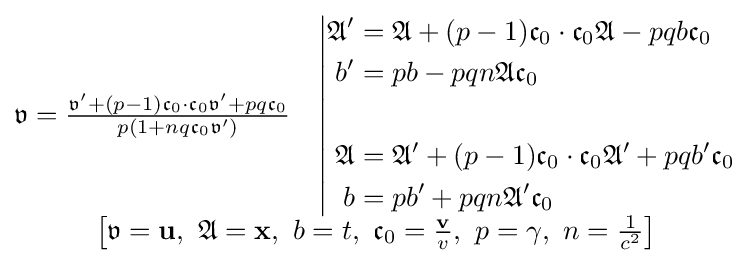
{\begin{matrix}{\begin{matrix}{\mathfrak {v}}={\frac {{\mathfrak {v}}'+(p-1){\mathfrak {c}}_{0}\cdot {\mathfrak {c}}_{0}{\mathfrak {v}}'+pq{\mathfrak {c}}_{0}}{p\left(1+nq{\mathfrak {c}}_{0}{\mathfrak {v}}'\right)}}&\left|{\begin{aligned}{\mathfrak {A}}'&={\mathfrak {A}}+(p-1){\mathfrak {c}}_{0}\cdot {\mathfrak {c}}_{0}{\mathfrak {A}}-pqb{\mathfrak {c}}_{0}\\b'&=pb-pqn{\mathfrak {A}}{\mathfrak {c}}_{0}\\\\{\mathfrak {A}}&={\mathfrak {A}}'+(p-1){\mathfrak {c}}_{0}\cdot {\mathfrak {c}}_{0}{\mathfrak {A}}'+pqb'{\mathfrak {c}}_{0}\\b&=pb'+pqn{\mathfrak {A}}'{\mathfrak {c}}_{0}\end{aligned}}\right.\end{matrix}}\\\left[{\mathfrak {v}}=\mathbf {u} ,\ {\mathfrak {A}}=\mathbf {x} ,\ b=t,\ {\mathfrak {c}}_{0}={\frac {\mathbf {v} }{v}},\ p=\gamma ,\ n={\frac {1}{c^{2}}}\right]\end{matrix}}